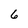
Character: 6